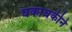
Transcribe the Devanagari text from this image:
धकाधकीने